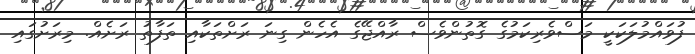
ފުވައްމުލަކަކީ މަސްވެރިކަމުގެ ގޮތުންވެސް ރާއްޖޭގެ އެހެން ގިނަ ރަށްތަކާއި ތަފާތު ރަށެއް. މިރަށުގައި